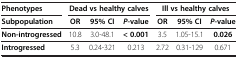
<table><thead><tr><td><b>Phenotypes</b></td><td colspan="3"><b>Dead vs healthy calves</b></td><td colspan="3"><b>Ill vs healthy calves</b></td></tr><tr><td><b>Subpopulation</b></td><td><b>OR</b></td><td><b>95% CI</b></td><td><b><i>P</i>-value</b></td><td><b>OR</b></td><td><b>95% CI</b></td><td><b><i>P</i>-value</b></td></tr></thead><tbody><tr><td><b>Non-introgressed</b></td><td>10.8</td><td>3.0-48.1</td><td><b>&lt; 0.001</b></td><td>3.5</td><td>1.05-15.1</td><td><b>0.026</b></td></tr><tr><td><b>Introgressed</b></td><td>5.3</td><td>0.24-321</td><td>0.213</td><td>2.72</td><td>0.31-129</td><td>0.671</td></tr></tbody></table>